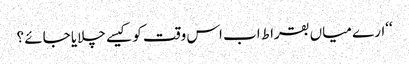
‘‘ارے میاں بقراط اب اس وقت کو کیسے چلایا جائے ؟